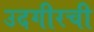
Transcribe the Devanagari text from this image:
उदगीरची